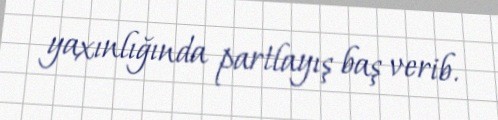
yaxınlığında partlayış baş verib.